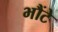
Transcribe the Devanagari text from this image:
भौंटे